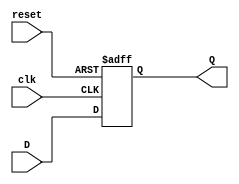
module DFF(D,clk,reset,Q);
	input D; // Data input 
	input clk; // clock input 
	input reset; // reset high level
	output reg Q; // output Q 
	always @(posedge clk or posedge reset) 
	begin
 		if(reset==1'b1)
  		Q <= 1'b0; 
 		else 
  		Q <= D; 
	end 
endmodule